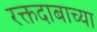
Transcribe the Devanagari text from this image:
रक्तदाबाच्या